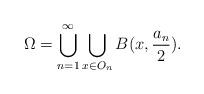
LaTeX: \begin{align*} \Omega = \bigcup_{n=1}^\infty \bigcup_{x\in O_n} B(x, \frac{a_n}{2}).\end{align*}